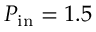
P _ { \mathrm { i n } } = 1 . 5